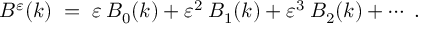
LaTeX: { \cal { B } } ^ { \varepsilon } ( k ) \; = \; \varepsilon \: { \cal { B } } _ { 0 } ( k ) + \varepsilon ^ { 2 } \: { \cal { B } } _ { 1 } ( k ) + \varepsilon ^ { 3 } \: { \cal { B } } _ { 2 } ( k ) + \cdots \; .